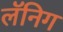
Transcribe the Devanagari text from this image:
लॅनिग